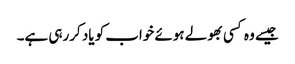
جیسے وہ کسی بھولے ہوئے خواب کو یاد کررہی ہے۔